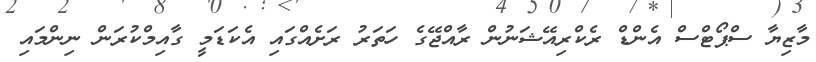
މާޒިޔާ ސްޕޯޓްސް އެންޑް ރެކްރިއޭޝަނުން ރާއްޖޭގެ ހަތަރު ރަށެއްގައި އެކަޑަމީ ގާއިމްކުރަން ނިންމައި